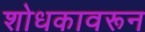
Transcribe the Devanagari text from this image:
शोधकावरून